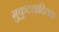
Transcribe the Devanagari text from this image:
मुकुटतादितक